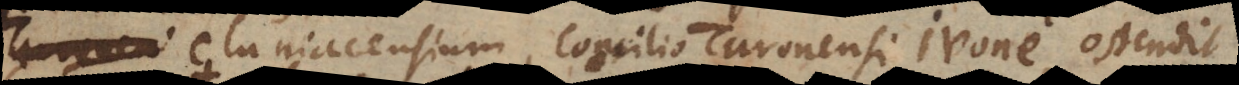
censium, Concilio Turonensi, Ivone, ostendit